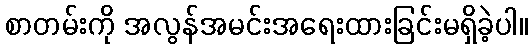
စာတမ်းကို အလွန်အမင်းအရေးထားခြင်းမရှိခဲ့ပါ။